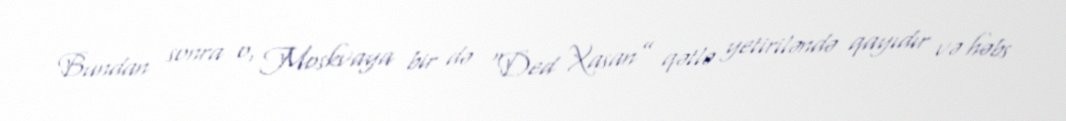
Bundan sonra o, Moskvaya bir də “Ded Xasan” qətlə yetiriləndə qayıdır və həbs